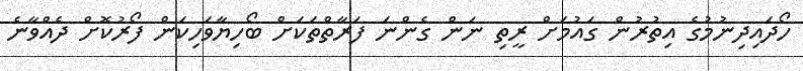
ހޯދައިދިނުމުގެ އިތުރުން ގައުމަށް ރީތި ނަން ގެންނަ ފަރާތްތަކަށް ބޯހިޔާވަހިކަން ފޯރުކޮށް ދެއްވާނެ